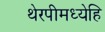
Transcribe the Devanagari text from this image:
थेरपीमध्येहि